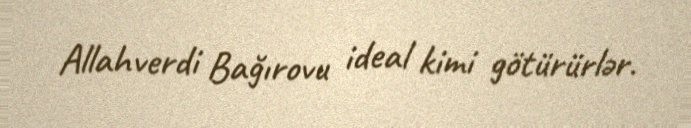
Allahverdi Bağırovu ideal kimi götürürlər.